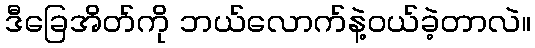
ဒီခြေအိတ်ကို ဘယ်လောက်နဲ့ဝယ်ခဲ့တာလဲ။